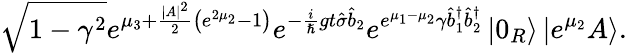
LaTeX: \sqrt{1-\gamma^{2}}e^{\mu_{3}+\frac{|A|^{2}}{2}\left(e^{2\mu_{2}}-1\right)}e^{-\frac{i}{\hslash}gt\hat{\sigma}\hat{b}_{2}}e^{e^{\mu_{1}-\mu_{2}}\gamma\hat{b}_{1}^{\dagger}\hat{b}_{2}^{\dagger}}\left\vert 0_{R}\right\rangle\left\vert e^{\mu_{2}}A\right\rangle.